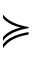
\succcurlyeq